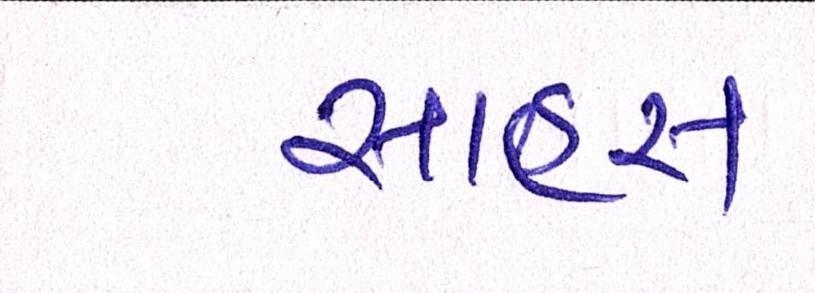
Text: સાહસ